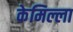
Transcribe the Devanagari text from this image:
केमिल्ला